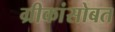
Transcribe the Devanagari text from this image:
ग्रीकांसोबत